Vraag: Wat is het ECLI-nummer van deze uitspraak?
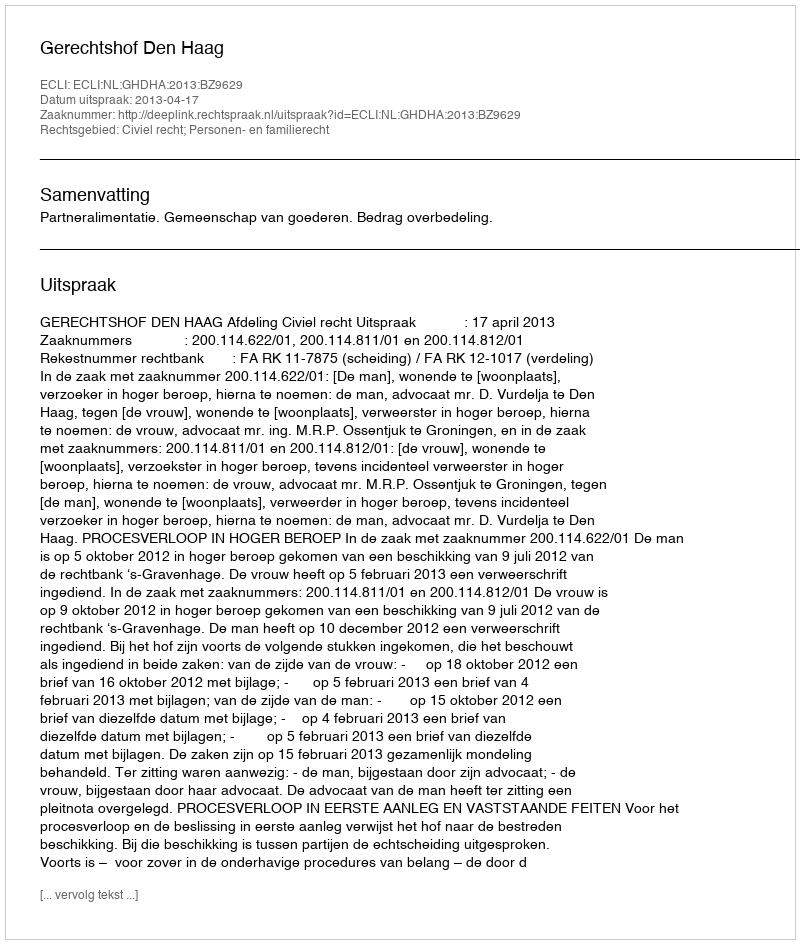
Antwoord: ECLI:NL:GHDHA:2013:BZ9629